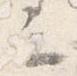
云